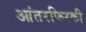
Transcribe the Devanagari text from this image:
आंतरफिरकी